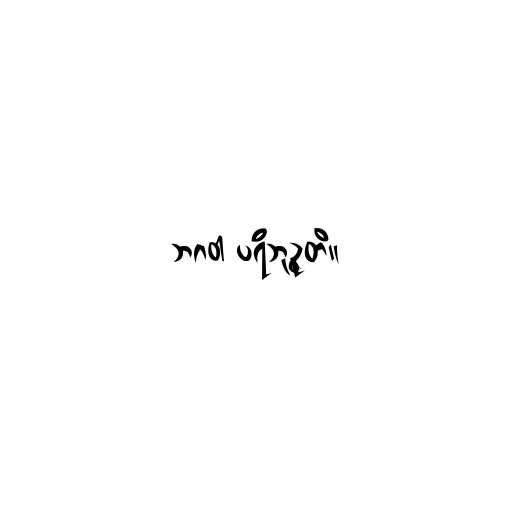
ဘဂဝါ ပရိဘုဉ္ဇတိ။